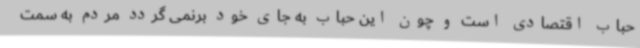
حباب اقتصادی است و چون این حباب به جای خود برنمی گردد مردم به سمت